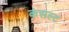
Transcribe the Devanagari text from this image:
कंसल्ट